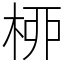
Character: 桺